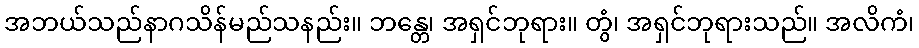
အဘယ်သည်နာဂသိန်မည်သနည်း။ ဘန္တေ၊ အရှင်ဘုရား။ တွံ၊ အရှင်ဘုရားသည်။ အလိကံ၊